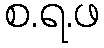
စ.ရ.ဖ